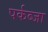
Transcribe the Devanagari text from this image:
पर्कब्जा